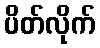
ပိတ်လိုက်